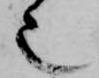
也